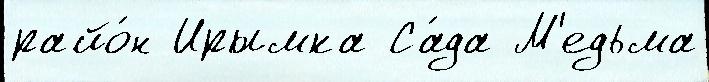
райо́н Ирымка Са́да М'едьма